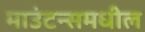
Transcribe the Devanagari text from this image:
माउंटन्समधील